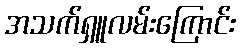
အသက်ရှူလမ်းကြောင်း